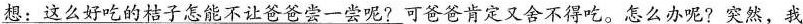
想：这么好吃的桔子怎能不让爸爸尝一尝呢?可爸爸肯定又舍不得吃。怎么办呢?突然，我